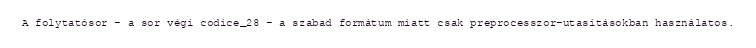
A folytatósor – a sor végi codice_28 – a szabad formátum miatt csak preprocesszor-utasításokban használatos.